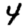
Digit: 4